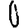
Digit: 0